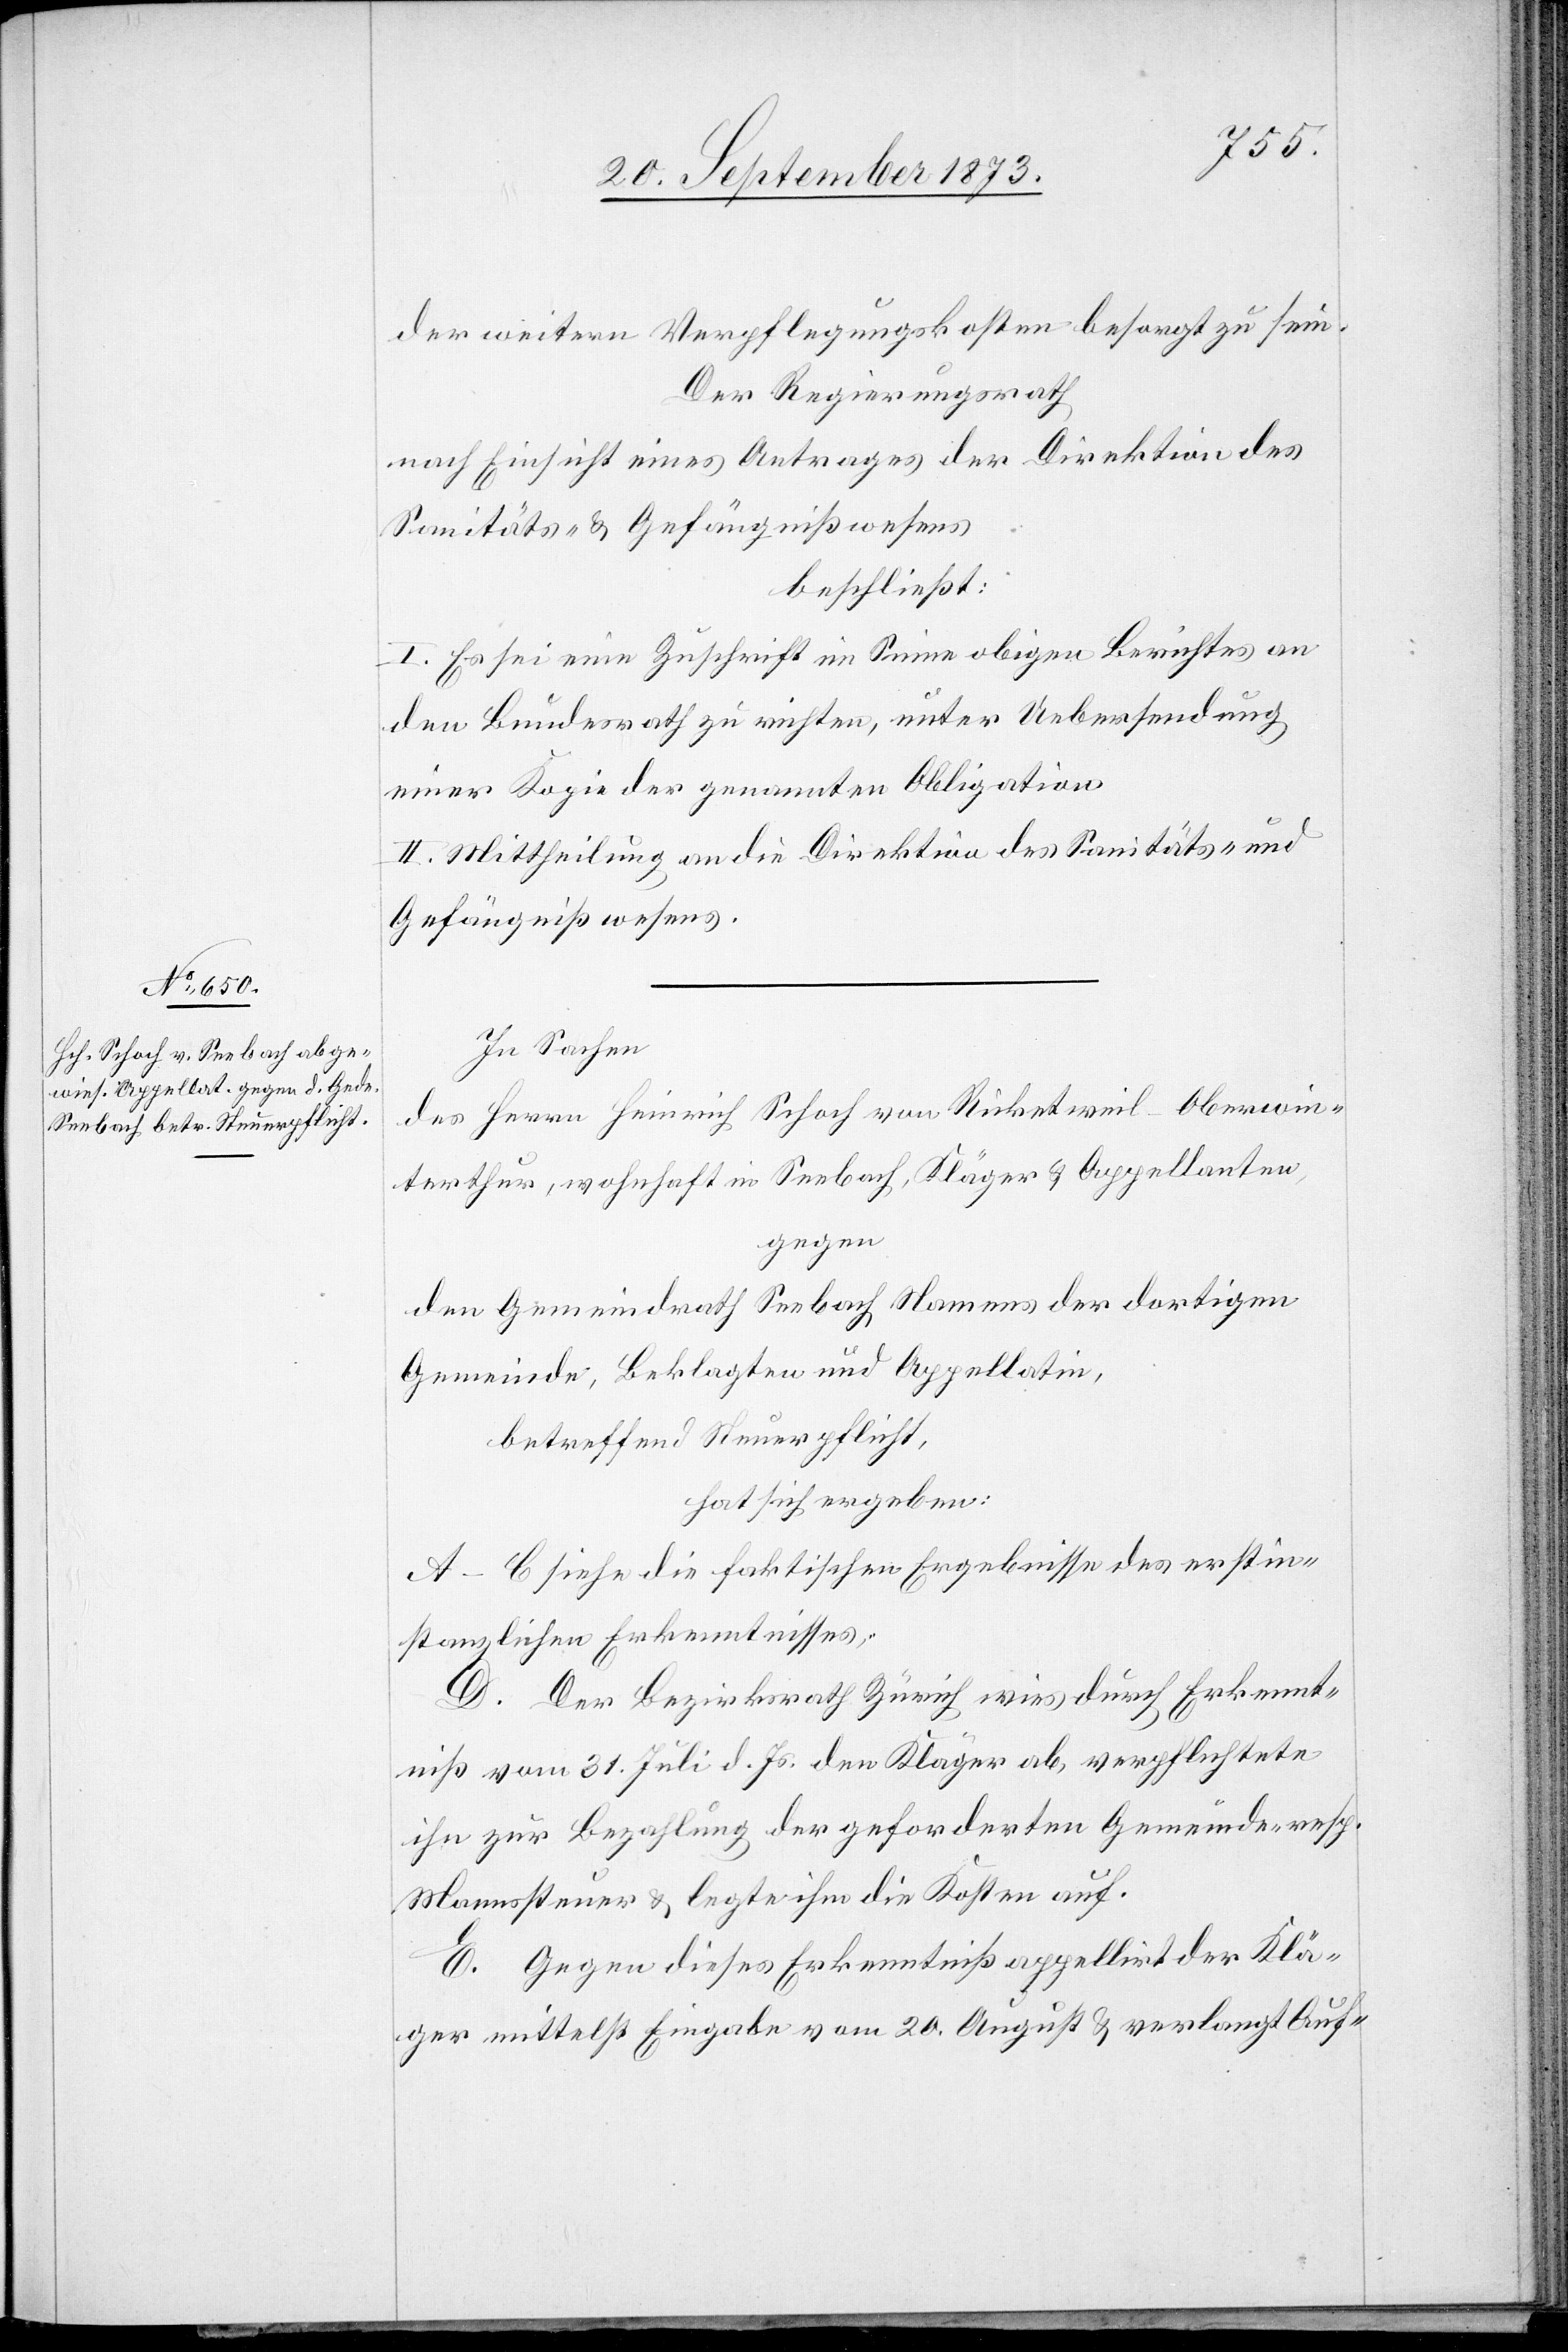
der weitern Verpflegungskosten besorgt zu sein.
Der Regierungsrath
nach Einsicht eines Antrages der Direktion des
Sanitäts- & Gefängnißwesens
beschließt:
I. Es sei eine Zuschrift im Sinne obigen Berichtes an
den Bundesrath zu richten, unter Uebersendung
einer Kopie der genannten Obligation.
II. Mittheilung an die Direktion des Sanitäts- und
Gefängnißwesens.
In Sachen
des Herrn Heinrich Schoch von Ricketweil - Oberwin¬
terthur, wohnhaft in Seebach, Kläger & Appellanten,
gegen
den Gemeindrath Seebach Namens der dortigen
Gemeinde, Beklagten und Appellatin,
betreffend Steuerpflicht,
hat sich ergeben:
A–C siehe die faktischen Ergebnisse des erstin¬
stanzlichen Erkenntnisses.
D. Der Bezirksrath Zürich wies durch Erkennt¬
niß vom 31. Juli d. Js. den Kläger ab, verpflichtete
ihn zur Bezahlung der geforderten Gemeinde- resp.
Mannssteuer & legte ihm die Kosten auf.
E. Gegen dieses Erkenntniß appellirt der Klä¬
ger mittelst Eingabe vom 20. August & verlangt Auf-